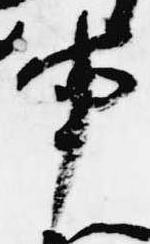
事